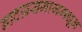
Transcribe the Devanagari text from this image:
नाटय़समाजमधून